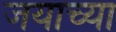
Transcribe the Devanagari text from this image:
जयाच्या